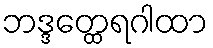
ဘဒ္ဒတ္ထေရဂါထာ